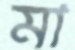
মা